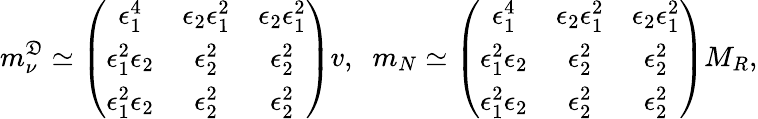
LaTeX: m_{\nu}^{\mathfrak{D}}\simeq\left(\begin{array}{ccc}{{\epsilon_{1}^{4}}}&{{\epsilon_{2}\epsilon_{1}^{2}}}&{{\epsilon_{2}\epsilon_{1}^{2}}}\\ {{\epsilon_{1}^{2}\epsilon_{2}}}&{{\epsilon_{2}^{2}}}&{{\epsilon_{2}^{2}}}\\ {{\epsilon_{1}^{2}\epsilon_{2}}}&{{\epsilon_{2}^{2}}}&{{\epsilon_{2}^{2}}}\end{array}\right)v,\; \; m_{N}\simeq\left(\begin{array}{ccc}{{\epsilon_{1}^{4}}}&{{\epsilon_{2}\epsilon_{1}^{2}}}&{{\epsilon_{2}\epsilon_{1}^{2}}}\\ {{\epsilon_{1}^{2}\epsilon_{2}}}&{{\epsilon_{2}^{2}}}&{{\epsilon_{2}^{2}}}\\ {{\epsilon_{1}^{2}\epsilon_{2}}}&{{\epsilon_{2}^{2}}}&{{\epsilon_{2}^{2}}}\end{array}\right)M_{R},